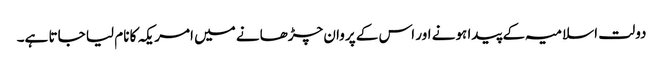
دولت اسلامیہ کے پیدا ہونے اور اس کے پروان چڑھانے میں امریکہ کا نام لیا جاتا ہے۔